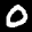
Label: 0